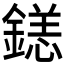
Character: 𲇛